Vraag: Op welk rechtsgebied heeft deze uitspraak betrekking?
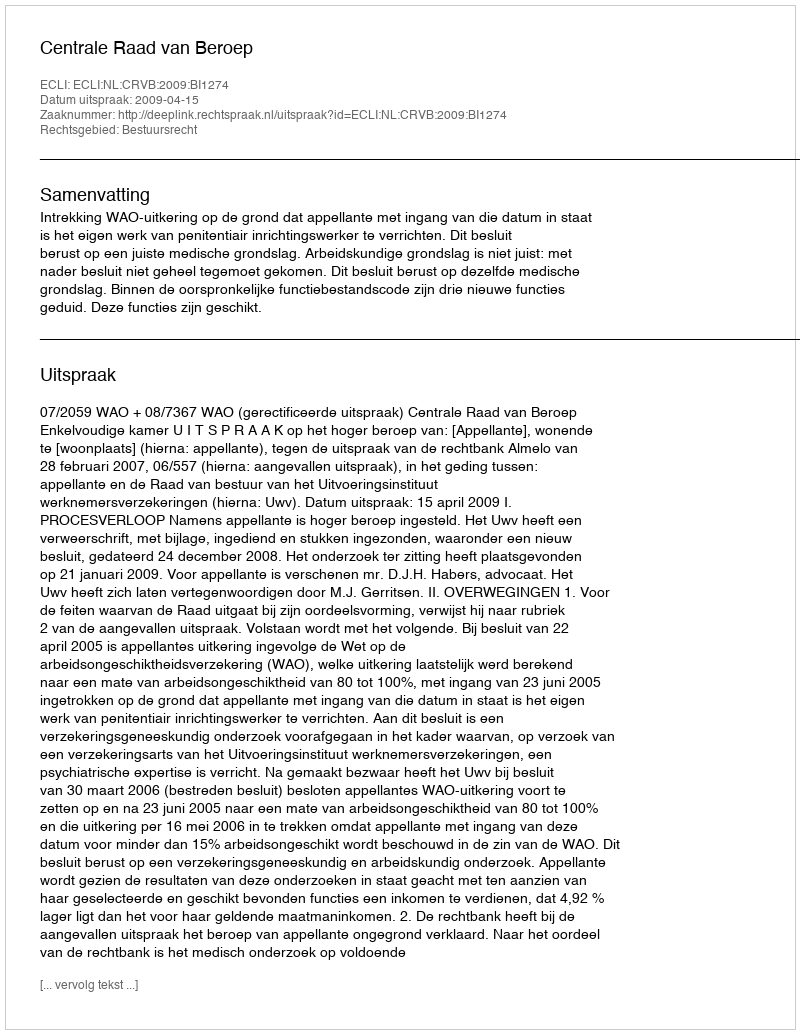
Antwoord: Bestuursrecht